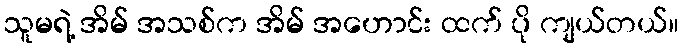
သူမရဲ့ အိမ် အသစ်က အိမ် အဟောင်း ထက် ပို ကျယ်တယ်။